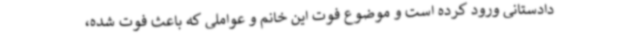
دادستانی ورود کرده است و موضوع فوت این خانم و عواملی که باعث فوت شده،